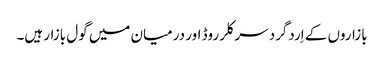
بازاروں کے اِردگرد سرکلر روڈ اور درمیان میں گول بازار ہیں۔